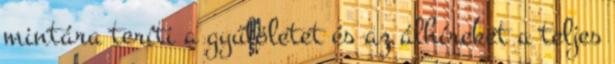
mintára teríti a gyűlöletet és az álhíreket a teljes